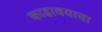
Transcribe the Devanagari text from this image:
काढावयाचा